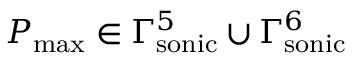
P _ { \mathrm { m a x } } \in \Gamma _ { \mathrm { s o n i c } } ^ { 5 } \cup \Gamma _ { \mathrm { s o n i c } } ^ { 6 }